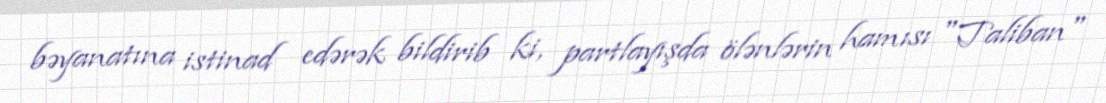
bəyanatına istinad edərək bildirib ki, partlayışda ölənlərin hamısı "Taliban"